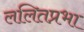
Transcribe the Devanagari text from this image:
ललितप्रभा